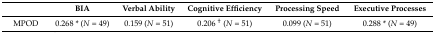
|  | BIA | Verbal Ability | Cognitive Efficiency | Processing Speed | Executive Processes |
 | --- | --- | --- | --- | --- | --- |
 | MPOD | 0.268 * (N = 49) | 0.159 (N = 51) | 0.206 † (N = 51) | 0.099 (N = 51) | 0.288 * (N = 49) |